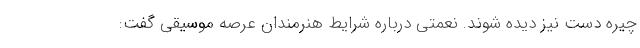
چیره دست نیز دیده شوند. نعمتی درباره شرایط هنرمندان عرصه موسیقی گفت: